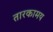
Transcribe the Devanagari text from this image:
तारकामय